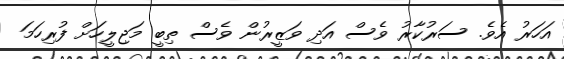
އަހަރު އެވެ. ސަރުކާރު ވެސް އަދި ވަޒީރުން ވެސް ތިބީ މަޖިލީހަށް ފުރިހަމަ